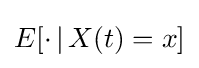
E[\cdot \,|\,X(t)=x]